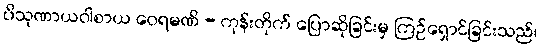
ပိသုဏာယဝါစာယ ဝေရမဏိ - ကုန်းတိုက် ပြောဆိုခြင်းမှ ကြဉ်ရှောင်ခြင်းသည်၊